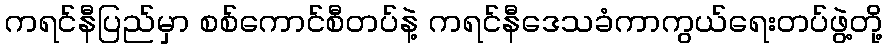
ကရင်နီပြည်မှာ စစ်ကောင်စီတပ်နဲ့ ကရင်နီဒေသခံကာကွယ်ရေးတပ်ဖွဲ့တို့